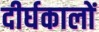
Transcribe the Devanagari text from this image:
दीर्घकालों